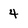
Character: 4